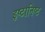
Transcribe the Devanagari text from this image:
इष्टानिष्ट